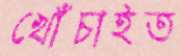
খোঁচাইত